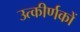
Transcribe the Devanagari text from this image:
उत्‍कीर्णकों